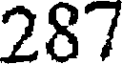
287